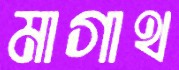
মাগাথ